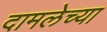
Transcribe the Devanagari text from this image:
दामलेच्या